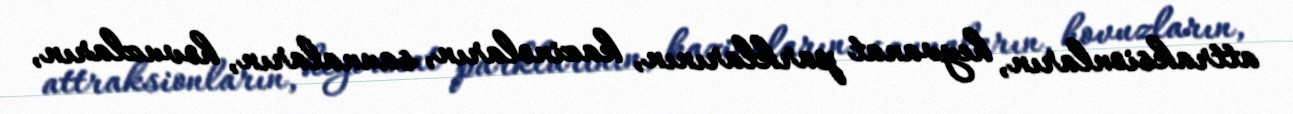
attraksionların, heyvanat parklarının, kazinoların, saunaların, hovuzların,